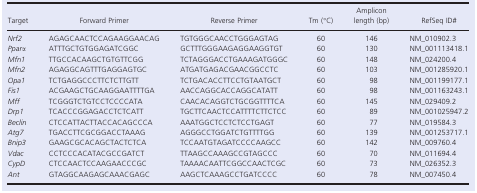
<table><thead><tr><td><b>Target</b></td><td><b>Forward Primer</b></td><td><b>Reverse Primer</b></td><td><b>Tm (°C)</b></td><td><b>Amplicon length (bp)</b></td><td><b>RefSeq ID#</b></td></tr></thead><tbody><tr><td><i>Nrf2</i></td><td>AGAGCAACTCCAGAAGGAACAG</td><td>TGTGGGCAACCTGGGAGTAG</td><td>60</td><td>146</td><td>NM_010902.3</td></tr><tr><td><i>Pparα</i></td><td>ATTTGCTGTGGAGATCGGC</td><td>GCTTTGGGAAGAGGAAGGTGT</td><td>60</td><td>130</td><td>NM_001113418.1</td></tr><tr><td><i>Mfn1</i></td><td>TTGCCACAAGCTGTGTTCGG</td><td>TCTAGGGACCTGAAAGATGGGC</td><td>60</td><td>148</td><td>NM_024200.4</td></tr><tr><td><i>Mfn2</i></td><td>AGAGGCAGTTTGAGGAGTGC</td><td>ATGATGAGACGAACGGCCTC</td><td>60</td><td>103</td><td>NM_001285920.1</td></tr><tr><td><i>Opa1</i></td><td>TCTGAGGCCCTTCTCTTGTT</td><td>TCTGACACCTTCCTGTAATGCT</td><td>60</td><td>98</td><td>NM_001199177.1</td></tr><tr><td><i>Fis1</i></td><td>ACGAAGCTGCAAGGAATTTTGA</td><td>AACCAGGCACCAGGCATATT</td><td>60</td><td>98</td><td>NM_001163243.1</td></tr><tr><td><i>Mff</i></td><td>TCGGGTCTGTCCTCCCCATA</td><td>CAACACAGGTCTGCGGTTTTCA</td><td>60</td><td>145</td><td>NM_029409.2</td></tr><tr><td><i>Drp1</i></td><td>TCACCCGGAGACCTCTCATT</td><td>TGCTTCAACTCCATTTTCTTCTCC</td><td>60</td><td>89</td><td>NM_001025947.2</td></tr><tr><td><i>Beclin</i></td><td>CTCCATTACTTACCACAGCCCA</td><td>AAATGGCTCCTCTCCTGAGT</td><td>60</td><td>77</td><td>NM_019584.3</td></tr><tr><td><i>Atg7</i></td><td>TGACCTTCGCGGACCTAAAG</td><td>AGGGCCTGGATCTGTTTTGG</td><td>60</td><td>139</td><td>NM_001253717.1</td></tr><tr><td><i>Bnip3</i></td><td>GAAGCGCACAGCTACTCTCA</td><td>TCCAATGTAGATCCCCAAGCC</td><td>60</td><td>142</td><td>NM_009760.4</td></tr><tr><td><i>Vdac</i></td><td>CCTCCCACATACGCCGATCT</td><td>TTAAGCCAAAGCCGTAGCCC</td><td>60</td><td>70</td><td>NM_011694.4</td></tr><tr><td><i>CypD</i></td><td>CTCCAACTCCAAGAACCCGC</td><td>TAAAACAATTCGGCCAACTCGC</td><td>60</td><td>73</td><td>NM_026352.3</td></tr><tr><td><i>Ant</i></td><td>GTAGGCAAGAGCAAACGAGC</td><td>AAGCTCAAAGCCTGATCCCC</td><td>60</td><td>78</td><td>NM_007450.4</td></tr></tbody></table>